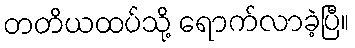
တတိယထပ်သို့ ရောက်လာခဲ့ပြီ။